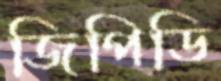
জিপিডি